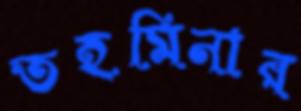
তহমিনার